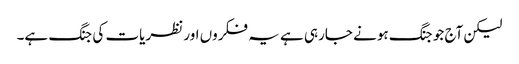
لیکن آج جو جنگ ہونے جارہی ہے یہ فکروں اور نظریات کی جنگ ہے۔